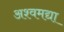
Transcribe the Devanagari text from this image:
अश्वमद्या